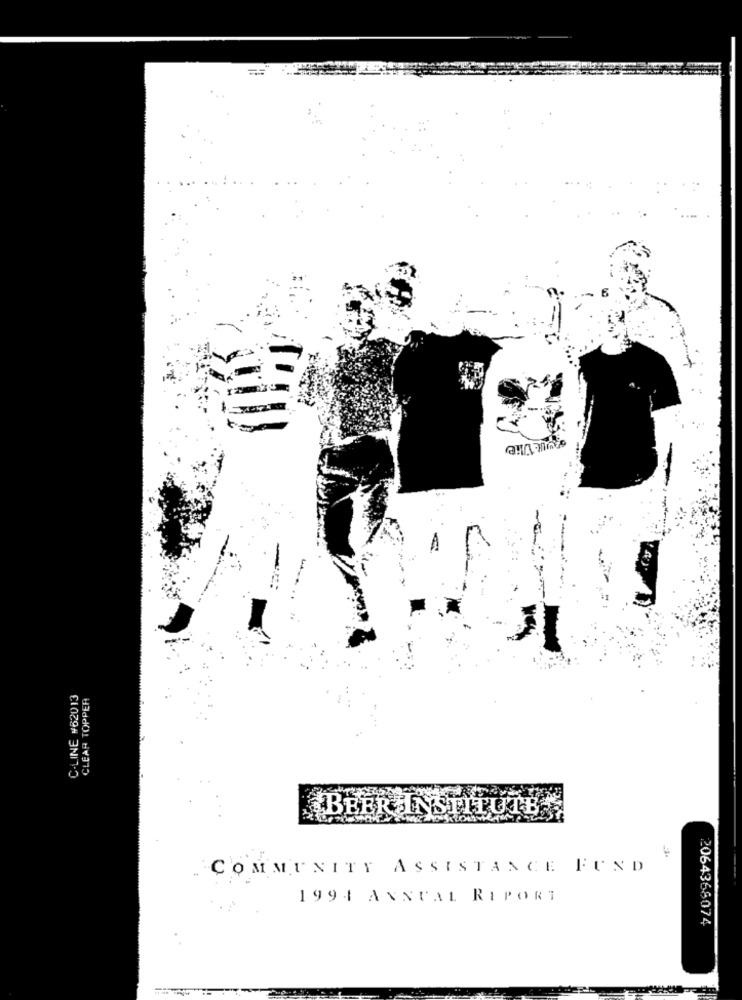
=
C-LINE #62013
CLEAR TOPPER
@BEER INSTITUTE
COMMUNITY ASSISTANCE FUND
1994 ANNUAL REPORT
2064368074